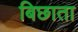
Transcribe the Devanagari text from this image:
बिछाता